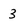
Character: 3